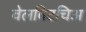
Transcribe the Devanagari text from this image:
वेलविटचिअ